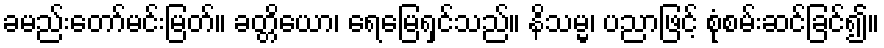
ခမည်းတော်မင်းမြတ်။ ခတ္တိယော၊ ရေမြေရှင်သည်။ နိသမ္မ၊ ပညာဖြင့် စုံစမ်းဆင်ခြင်၍။